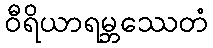
ဝီရိယာရမ္ဘဿေတံ